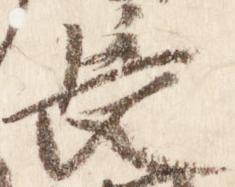
長